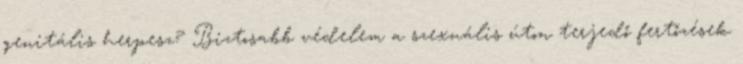
genitális herpesz? Biztosabb védelem a szexuális úton terjedő fertőzések